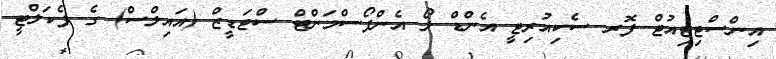
އިންސްޓިޓިއުޓް ފޮރ ސެކިއުރިޓީ އެންޑް ލޯ އެންފޯސްމަންޓް ސްޓަޑީޒް (އައިލްސް) ގެ ފެކަލްޓީ